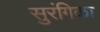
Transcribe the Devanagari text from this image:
सुरंगिका